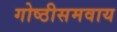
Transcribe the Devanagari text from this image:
गोष्ठीसमवाय